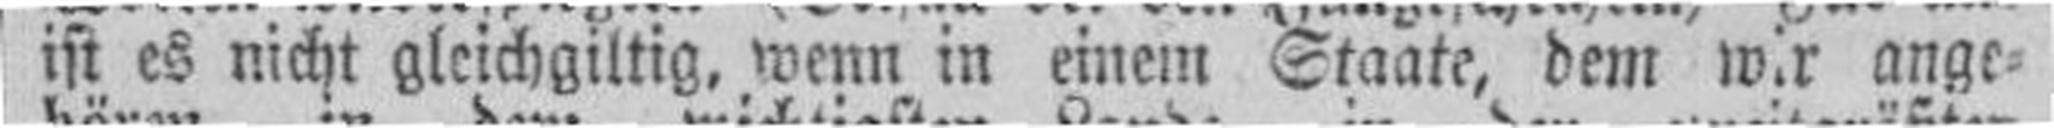
ist es nicht gleichgiltig, wenn in einem Staate, dem wir ange¬